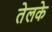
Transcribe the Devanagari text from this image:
तेलके